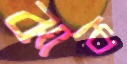
ঝাক